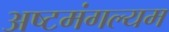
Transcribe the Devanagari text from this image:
अष्टमंगल्यम